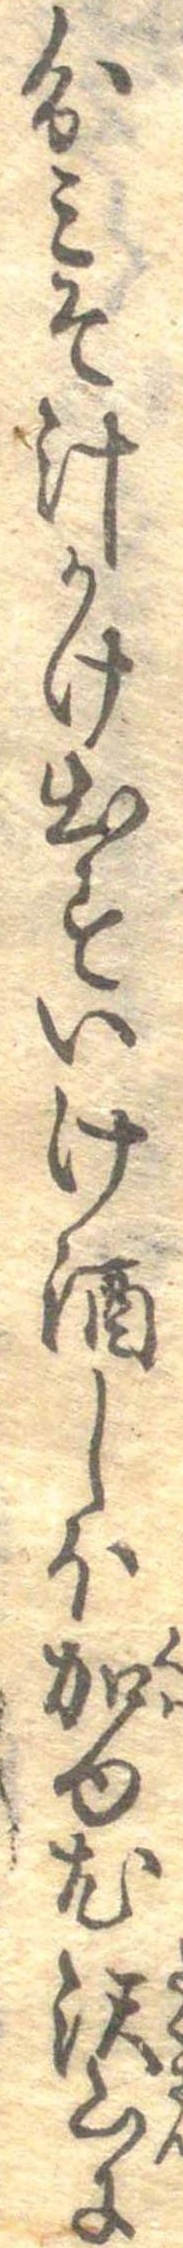
分みそ汁かけ出すいけ酒しほ加ゆ尤沢山に